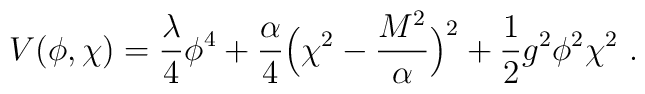
V(\phi,\chi) =   {\lambda\over 4} \phi^4+ {\alpha\over 4}\Bigl(\chi^2  - {M^2\over \alpha}\Bigr)^2 + {1\over2} g^2 \phi^2 \chi^2 \ .